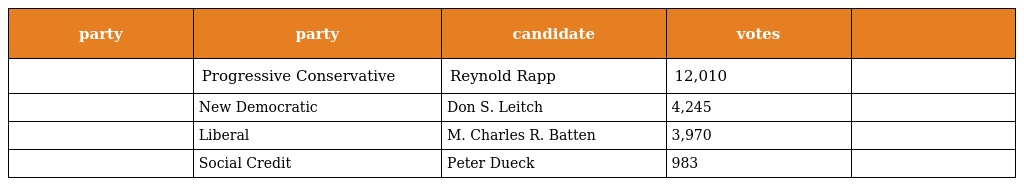
| party | party | candidate | votes |  |
 | --- | --- | --- | --- | --- |
 |  | Progressive Conservative | Reynold Rapp | 12,010 |  |
 |  | New Democratic | Don S. Leitch | 4,245 |  |
 |  | Liberal | M. Charles R. Batten | 3,970 |  |
 |  | Social Credit | Peter Dueck | 983 |  |